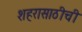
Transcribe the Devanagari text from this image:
शहरासाठीची